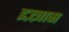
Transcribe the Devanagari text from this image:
इज़्ज़ाम